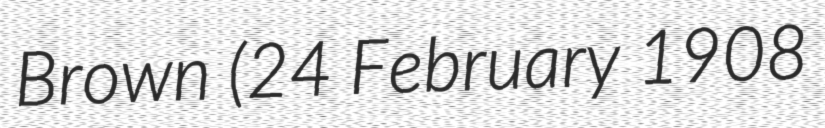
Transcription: Brown (24 February 1908